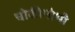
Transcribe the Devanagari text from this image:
चोकीगोभी